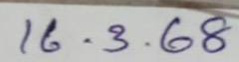
16.3.68